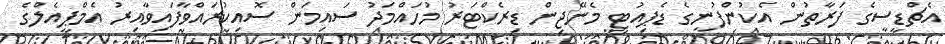
އެޗްޑީސީގެ ފަރާތުން އެކުންފުނީގެ ޑެޕިއުޓީ މެނޭޖިން ޑިރެކްޓަރު މުހައްމަދު ސައިމަން ސޮއިކުރައްވާފައިވާއިރު އެމްޕީއެލްގެ